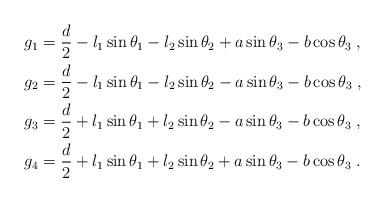
LaTeX: \begin{align*} g_1&=\frac{d}{2}-l_1\sin\theta_1-l_2\sin\theta_2+a\sin\theta_3-b\cos\theta_3\;,\\ g_2&=\frac{d}{2}-l_1\sin\theta_1-l_2\sin\theta_2-a\sin\theta_3-b\cos\theta_3\;,\\ g_3&=\frac{d}{2}+l_1\sin\theta_1+l_2\sin\theta_2-a\sin\theta_3-b\cos\theta_3\;,\\ g_4&=\frac{d}{2}+l_1\sin\theta_1+l_2\sin\theta_2+a\sin\theta_3-b\cos\theta_3\;.\end{align*}